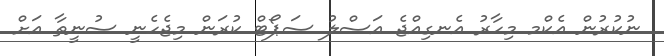
ނުކުރުން އެކްމ މިހާރު އެނގިއްޖެ އަސްލު ސަޕޯޓް ކުރަން މިޖެހެނީ ސުނީތާ އަށް